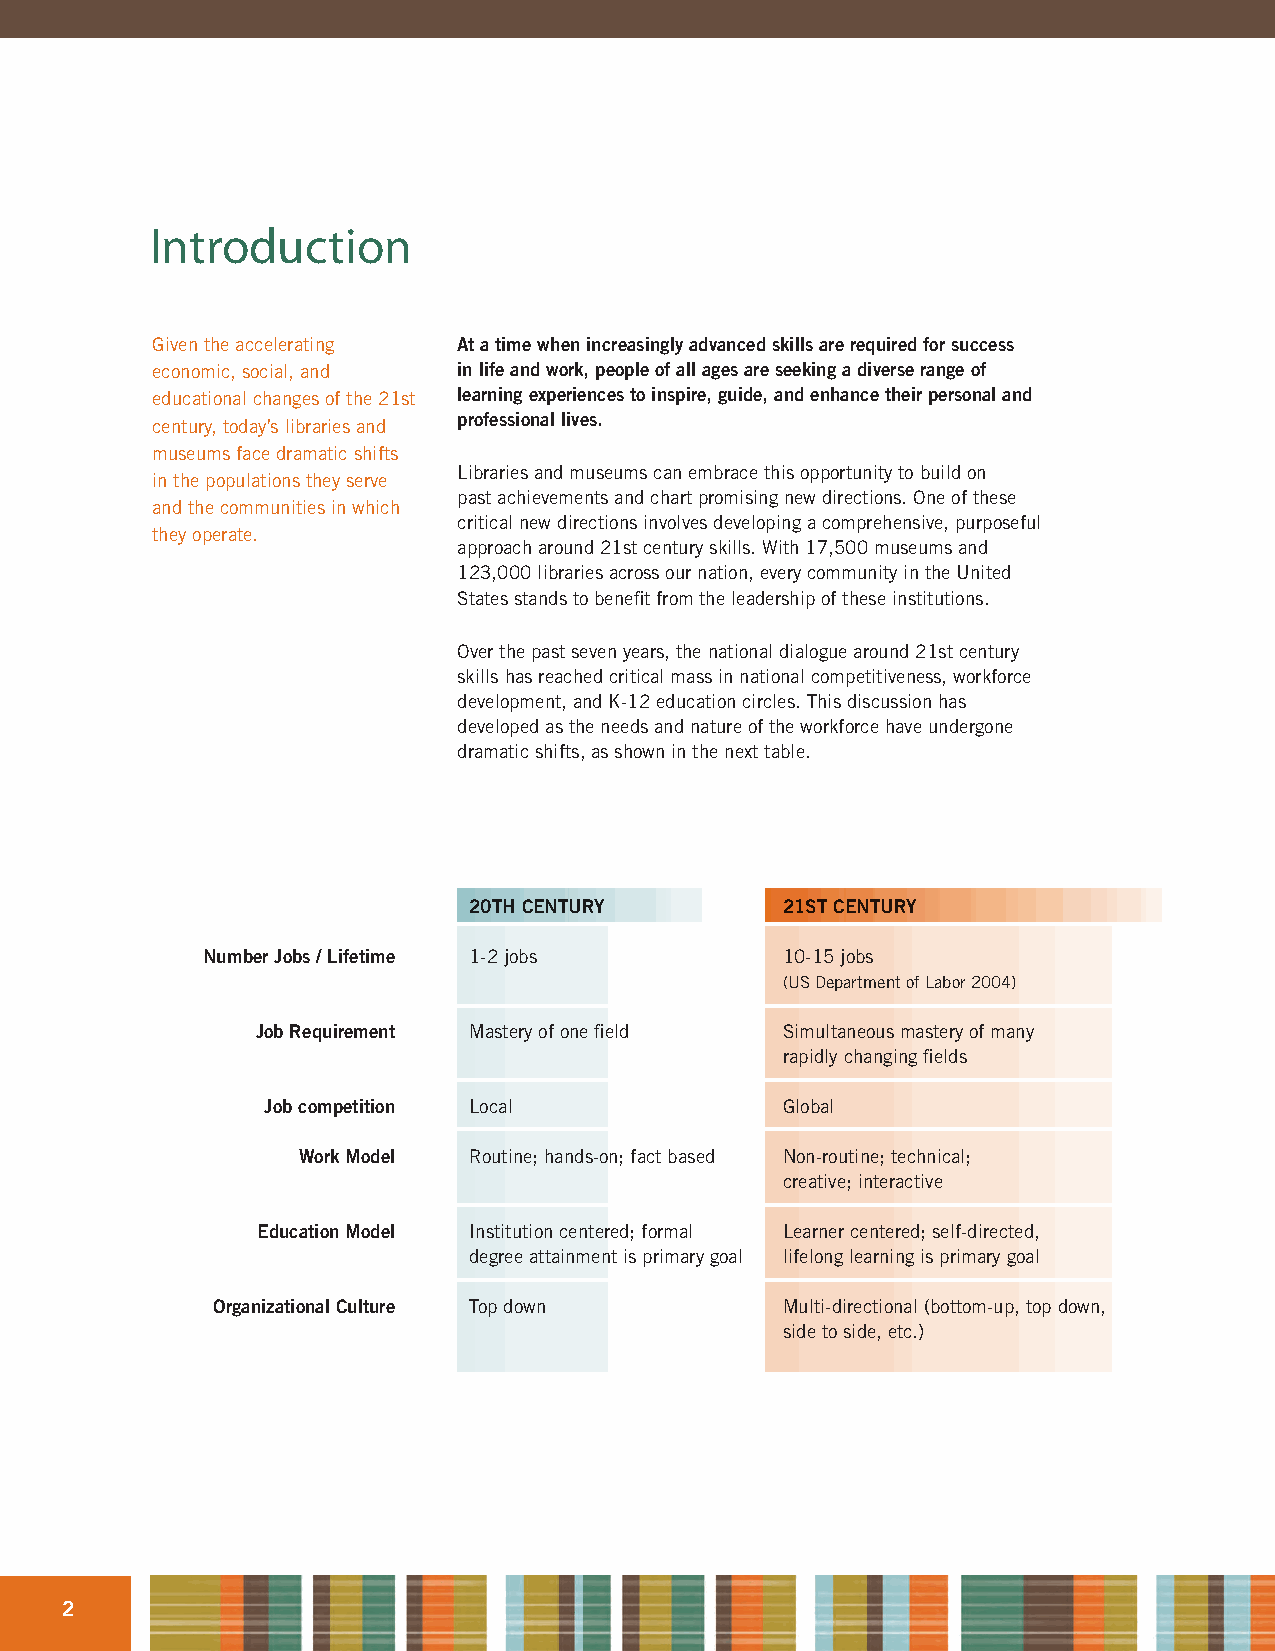
Introduction
 Given the accelerating At a time when increasingly advanced skills are required for success
 economic, social, and in life and work, people of all ages are seeking a diverse range of
 educational changes of the 21st learning experiences to inspire, guide, and enhance their personal and
 century, today’s libraries and professional lives.
 museums face dramatic shifts
 Libraries and museums can embrace this opportunity to build on
 in the populations they serve
 past achievements and chart promising new directions. One of these
 and the communities in which
 critical new directions involves developing a comprehensive, purposeful
 they operate.
 approach around 21st century skills. With 17,500 museums and
 123,000 libraries across our nation, every community in the United
 States stands to benefit from the leadership of these institutions.
 Over the past seven years, the national dialogue around 21st century
 skills has reached critical mass in national competitiveness, workforce
 development, and K-12 education circles. This discussion has
 developed as the needs and nature of the workforce have undergone
 dramatic shifts, as shown in the next table.
 20TH CENTURY         21ST CENTURY
 Number Jobs / Lifetime 1-2 jobs        10-15 jobs
 (US Department of Labor 2004)
 Job Requirement Mastery of one field Simultaneous mastery of many
 rapidly changing fields
 Job competition Local             Global
 Work Model Routine; hands-on; fact based Non-routine; technical;
 creative; interactive
 Education Model Institution centered; formal Learner centered; self-directed,
 degree attainment is primary goal lifelong learning is primary goal
 Organizational Culture Top down       Multi-directional (bottom-up, top down,
 side to side, etc.)
 2